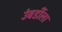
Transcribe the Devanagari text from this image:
उंबर्डीला